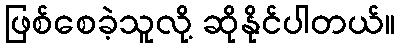
ဖြစ်စေခဲ့သူလို့ ဆိုနိုင်ပါတယ်။